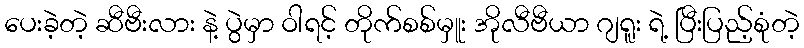
ပေးခဲ့တဲ့ ဆီဗီးလား နဲ့ ပွဲမှာ ဝါရင့် တိုက်စစ်မှူး အိုလီဗီယာ ဂျရူး ရဲ့ ပြီးပြည့်စုံတဲ့